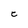
Character: C